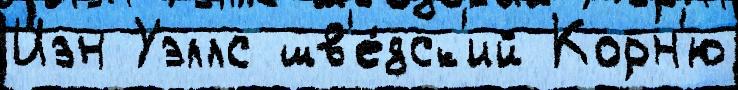
Иэн Уэллс шв'е́дск'ий Корн'ю